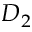
D _ { 2 }